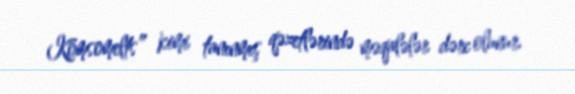
Komsomelts” kimi tanınmış qəzetlərində məqalələr dərc olunur.